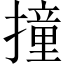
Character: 撞